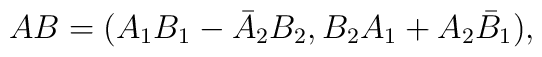
AB=(A_1B_1-\bar{A}_2B_2,B_2A_1+A_2\bar{B}_1),